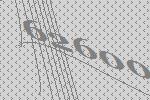
62600